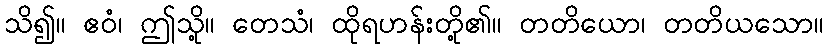
သိ၍။ ဧဝံ၊ ဤသို့။ တေသံ၊ ထိုရဟန်းတို့၏။ တတိယော၊ တတိယသော။